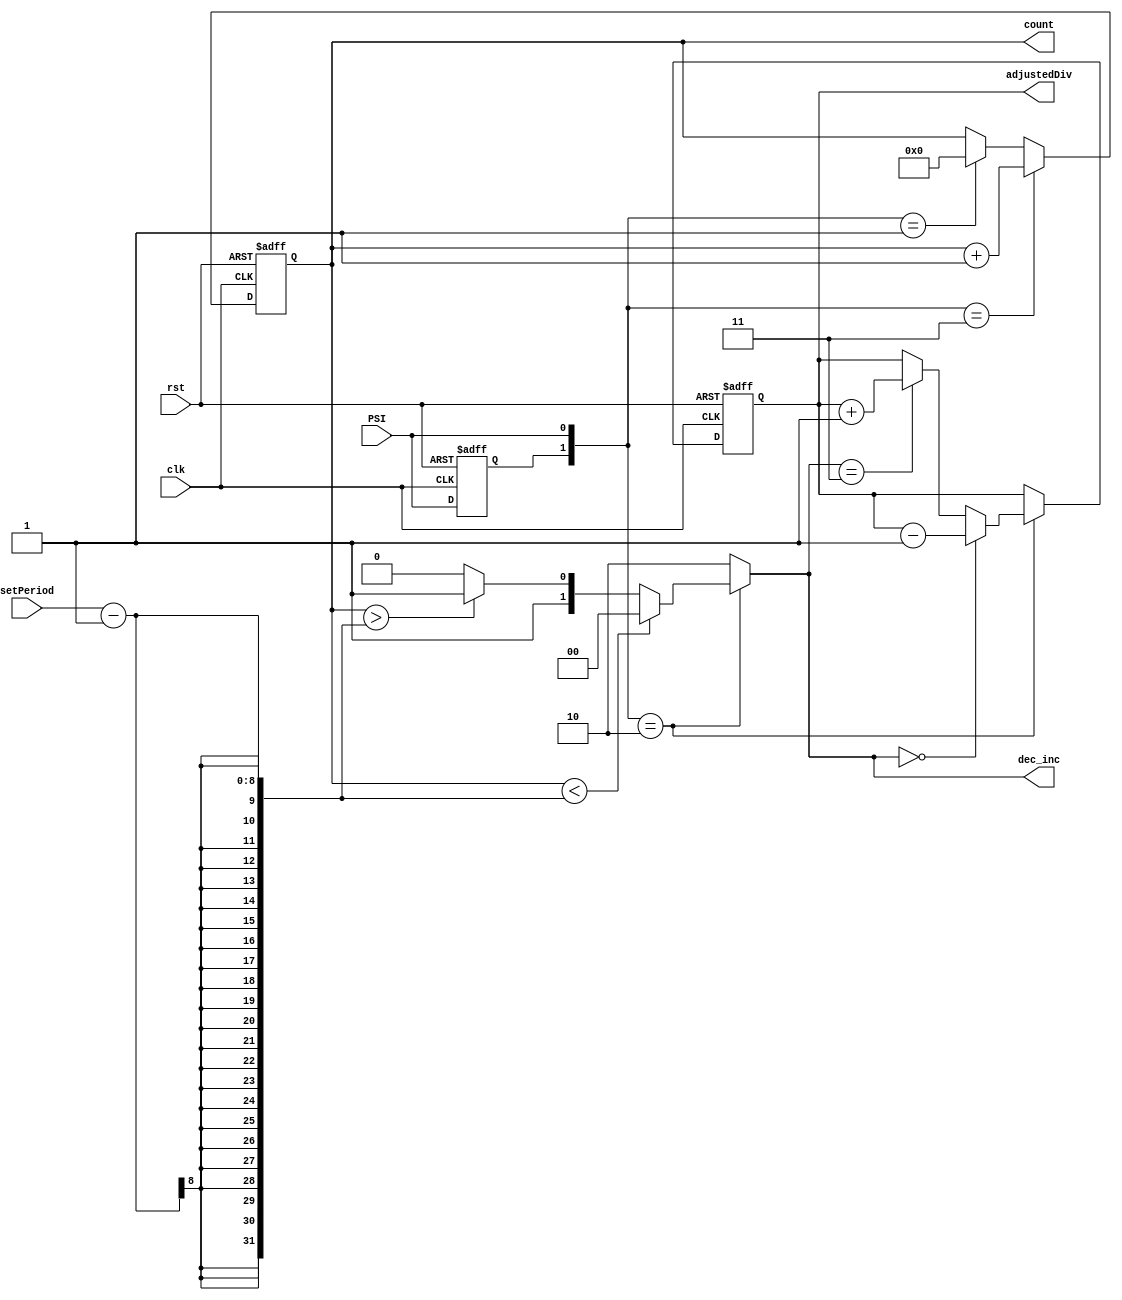
module FrequencyRegulator (clk, rst, PSI, setPeriod, adjustedDiv, count, dec_inc);
    input clk;
    input rst;
    input PSI;
    input [7:0]setPeriod;
    output reg [7:0]adjustedDiv;
    output reg [15:0]count;
    output reg [1:0]dec_inc;
    reg prev;

    always @(posedge rst , posedge clk) begin : decide_when_to_count_and_count
        if (rst == 1) 
		count <= 0;
        else begin
	    if ({prev , PSI} == 2'b01) 
		count <= 0;
	    if ({prev , PSI} == 2'b11) 
		count <= count + 1;
        end
    end

   always @(PSI , setPeriod , count , prev) begin : comparsion
        dec_inc = 2'b10;
        if ({prev , PSI} == 2'b10) begin
            if (count < ({8'b00000000, setPeriod} - 1)) 
		dec_inc = 2'b00;
	    else if (count > ({8'b00000000, setPeriod} - 1)) 
		dec_inc = 2'b11;
        end
    end

    always @(posedge rst , posedge clk) begin : increment_decrement
        if (rst == 1) 
		adjustedDiv <= 8'b01111111;
        else if ({prev , PSI} == 2'b10) begin
            if ((dec_inc == 2'b00)) 
		adjustedDiv <= adjustedDiv - 1;
            else if ((dec_inc == 2'b11)) 
		adjustedDiv <= adjustedDiv + 1;
        end
    end

    always @(posedge clk , posedge rst) begin : transition
	if (rst) prev <= 0;	
        else prev <= PSI;	
    end

endmodule